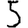
Digit: 5